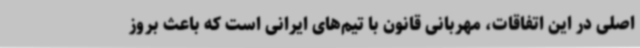
اصلی در این اتفاقات، مهربانی قانون با تیم‌های ایرانی است که باعث بروز